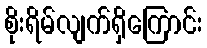
စိုးရိမ်လျက်ရှိကြောင်း